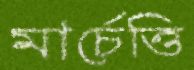
মার্চেত্তি